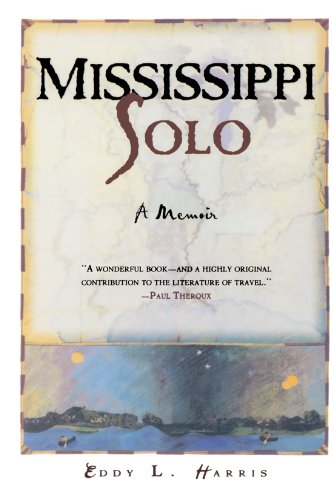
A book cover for Mississippi Solo: A River Quest; Eddy Harris; Sports & Outdoors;